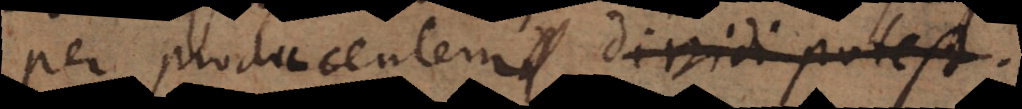
per producentem dividi potest.